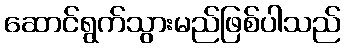
ဆောင်ရွက်သွားမည်ဖြစ်ပါသည်